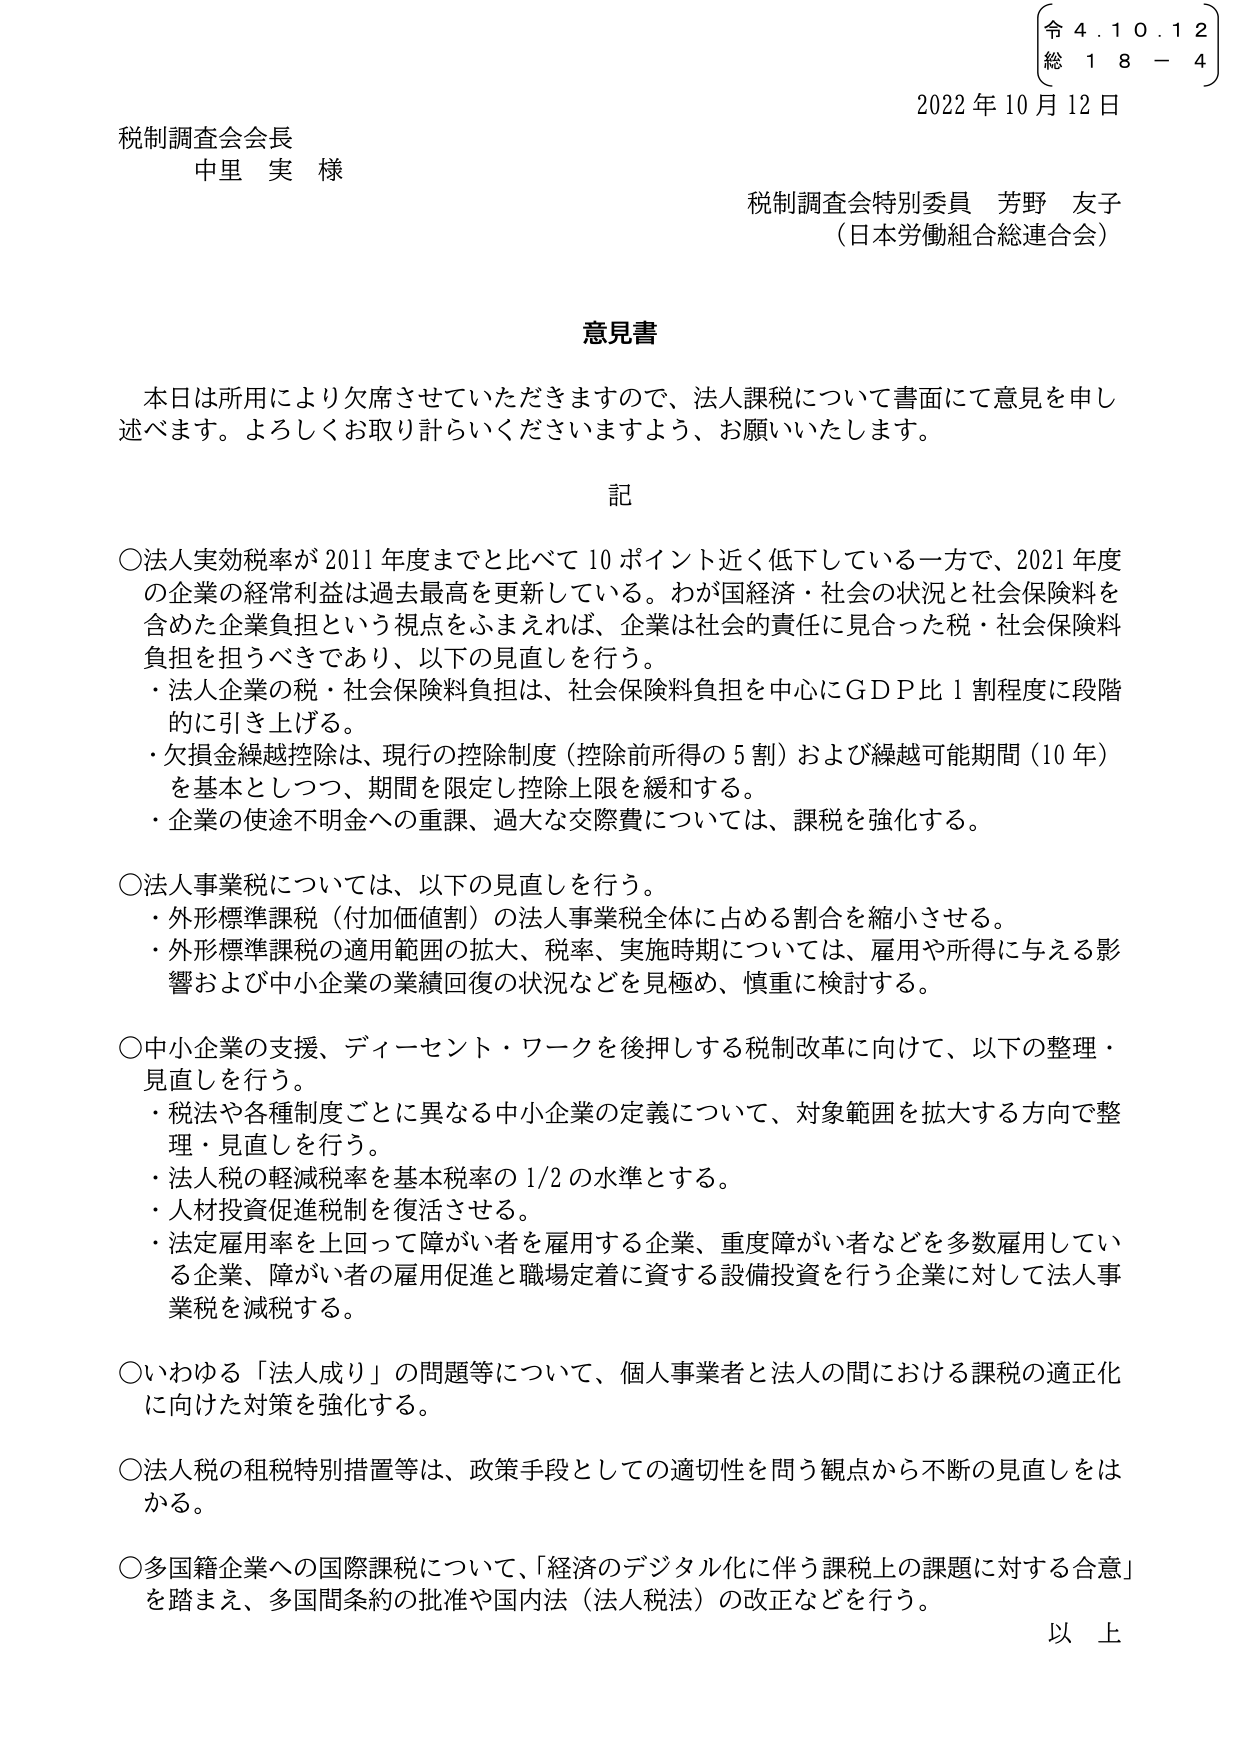
令 4. 1 0. 1 2
総 1 8 - 4

2022 年 10 月 12 日

税制調査会会長
中里 実 様

税制調査会特別委員 芳野 友子
（日本労働組合総連合会）

意見書

本日は所用により欠席させていただきますので、法人課税について書面にて意見を申し述べます。よろしくお取り計らいくださいますよう、お願いいたします。

記

○法人実効税率が 2011 年度までと比べて 10 ポイント近く低下している一方で、2021 年度の企業の経常利益は過去最高を更新している。わが国経済・社会の状況と社会保険料を含めた企業負担という視点をふまえれば、企業は社会的責任に見合った税・社会保険料負担を担うべきであり、以下の見直しを行う。
・法人企業の税・社会保険料負担は、社会保険料負担を中心に GDP 比 1 割程度に段階的に引き上げる。
・欠損金繰越控除は、現行の控除制度（控除前所得の 5 割）および繰越可能期間（10 年）を基本としつつ、期間を限定し控除上限を緩和する。
・企業の使途不明金への重課、過大な交際費については、課税を強化する。

○法人事業税については、以下の見直しを行う。
・外形標準課税（付加価値割）の法人事業税全体に占める割合を縮小させる。
・外形標準課税の適用範囲の拡大、税率、実施時期については、雇用や所得に与える影響および中小企業の業績回復の状況などを見極め、慎重に検討する。

○中小企業の支援、ディーセント・ワークを後押しする税制改革に向けて、以下の整理・見直しを行う。
・税法や各種制度ごとに異なる中小企業の定義について、対象範囲を拡大する方向で整理・見直しを行う。
・法人税の軽減税率を基本税率の 1/2 の水準とする。
・人材投資促進税制を復活させる。
・法定雇用率を上回って障がい者を雇用する企業、重度障がい者などを多数雇用している企業、障がい者の雇用促進と職場定着に資する設備投資を行う企業に対して法人事業税を減税する。

○いわゆる「法人成り」の問題等について、個人事業者と法人の間における課税の適正化に向けた対策を強化する。

○法人税の租税特別措置等は、政策手段としての適切性を問う観点から不断の見直しをはかる。

○多国籍企業への国際課税について、「経済のデジタル化に伴う課税上の課題に対する合意」を踏まえ、多国間条約の批准や国内法（法人税法）の改正などを行う。

以上